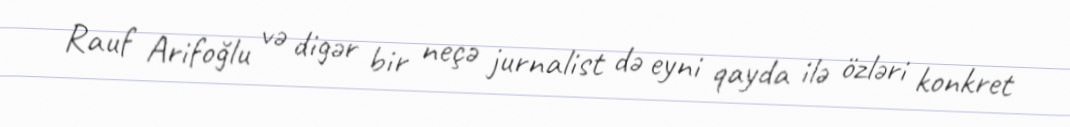
Rauf Arifoğlu və digər bir neçə jurnalist də eyni qayda ilə özləri konkret